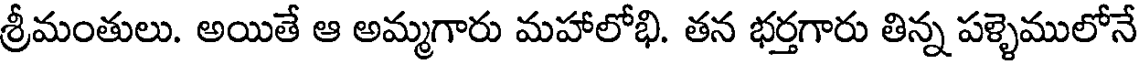
శ్రీమంతులు. అయితే ఆ అమ్మగారు మహాలోభి. తన భర్తగారు తిన్న పళ్ళెములోనే